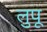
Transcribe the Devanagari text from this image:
लुपू